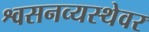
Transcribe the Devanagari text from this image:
श्वसनव्यस्थेवर